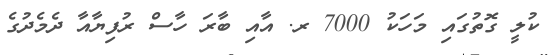
ކުލީ ގޮތުގައި މަހަކު 7000 ރ. އާއި ބާރަ ހާސް ރުފިޔާއާ ދެމެދުގެ